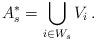
LaTeX: \begin{align*}A^*_s=\bigcup_{i\in W_s}V_i\,. \end{align*}